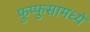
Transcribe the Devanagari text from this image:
फुप्फुसामध्ये